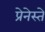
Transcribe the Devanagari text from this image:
प्रेनेस्ते